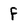
Character: f